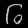
Digit: ၆